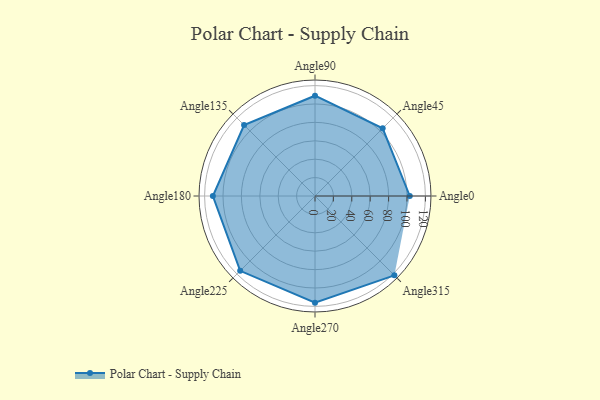
{"axis": {"x": "Angle", "y": "Radius"}, "legend": [""], "data": [{"x": "Angle0", "y": 103.0, "type": ""}, {"x": "Angle45", "y": 104.0, "type": ""}, {"x": "Angle90", "y": 109.0, "type": ""}, {"x": "Angle135", "y": 109.0, "type": ""}, {"x": "Angle180", "y": 111.0, "type": ""}, {"x": "Angle225", "y": 115.0, "type": ""}, {"x": "Angle270", "y": 116.0, "type": ""}, {"x": "Angle315", "y": 122.0, "type": ""}]}